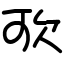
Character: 㰤